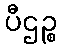
ပီဌဉ္စ